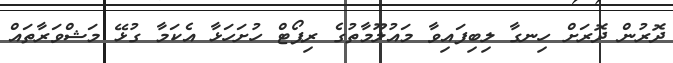
ދޮރުން ދޮރަށް ހިނގާ ލިބިފައިވާ މައުލޫމާތުގެ ރިޕޯޓް ހުށަހަޅާ އެކަމާ ގުޅޭ މަޝްވަރާތައް